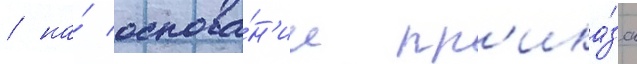
/ на́ основа́н'ии пр'ика́за